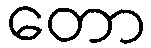
တော